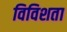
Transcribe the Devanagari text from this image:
विविशता